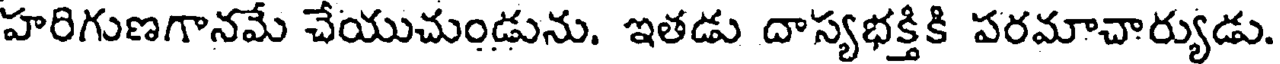
హరిగుణగానమే చేయుచుండును. ఇతడు దాస్యభక్తికి పరమాచార్యుడు.